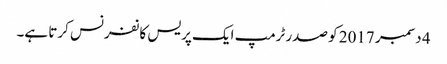
4 دسمبر 2017 کو صدر ٹرمپ ایک پریس کانفرنس کرتا ہے۔